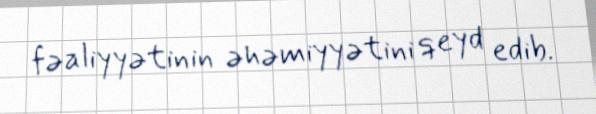
fəaliyyətinin əhəmiyyətini qeyd edib.